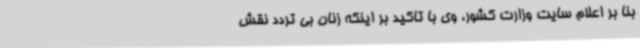
بنا بر اعلام سایت وزارت کشور، وی با تاکید بر اینکه زنان بی تردد نقش